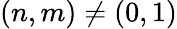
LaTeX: (n,m)\neq(0,1)